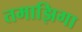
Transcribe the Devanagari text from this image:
तमाझिगा